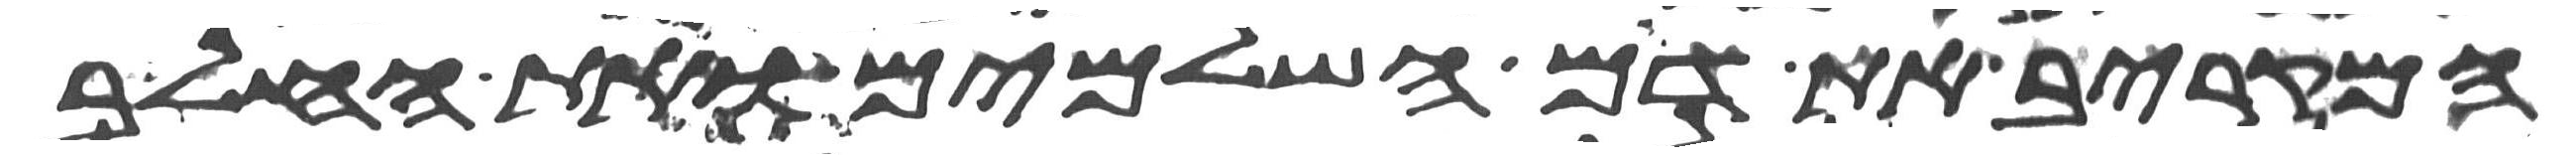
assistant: המקריב את דם השלמים ואת החלב